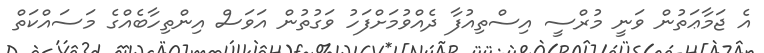
އެ ޖަމާޢަތުން ވަނީ މުރްސީ އިސްތިއުފާ ދެއްވުމަށްފަހު ވަގުތުން އަވަސް އިންތިހާބެއްގެ މަސައްކަތް